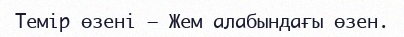
Темір өзені – Жем алабындағы өзен.